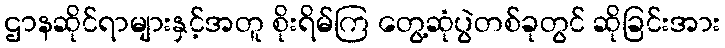
ဌာနဆိုင်ရာများနှင့်အတူ စိုးရိမ်ကြ တွေ့ဆုံပွဲတစ်ခုတွင် ဆိုခြင်းအား